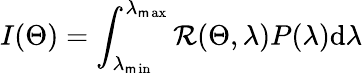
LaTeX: I(\Theta)=\int_{\lambda_{\operatorname*{\mathsf{m}in}}}^{\lambda_{\operatorname*{\mathsf{m}ax}}}\mathcal{R}(\Theta,\lambda)P(\lambda)\mathrm{{d}}\lambda